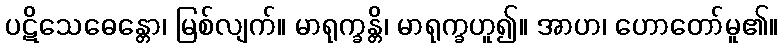
ပဋိသေဓေန္တော၊ မြစ်လျက်။ မာရုက္ခန္တိ၊ မာရုက္ခဟူ၍။ အာဟ၊ ဟောတော်မူ၏။